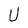
Character: U